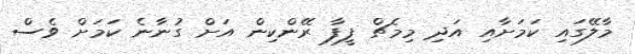
މާލޭގައި ކަމަށާއި އަދި މިމެޗް ފީފާ ރޭންކިން އަށް ގުނާނެ ކަމަށް ވެސް